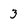
Character: 3